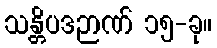
သန္တိပဒဉာဏ် ၁၅-ခု။